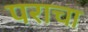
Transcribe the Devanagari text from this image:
पराचा